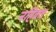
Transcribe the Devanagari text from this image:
नहिवत